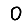
Digit: 0